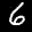
Label: 6